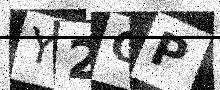
Text: Y2GP